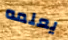
يعلمه